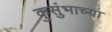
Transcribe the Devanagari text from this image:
कुसुंभाच्या